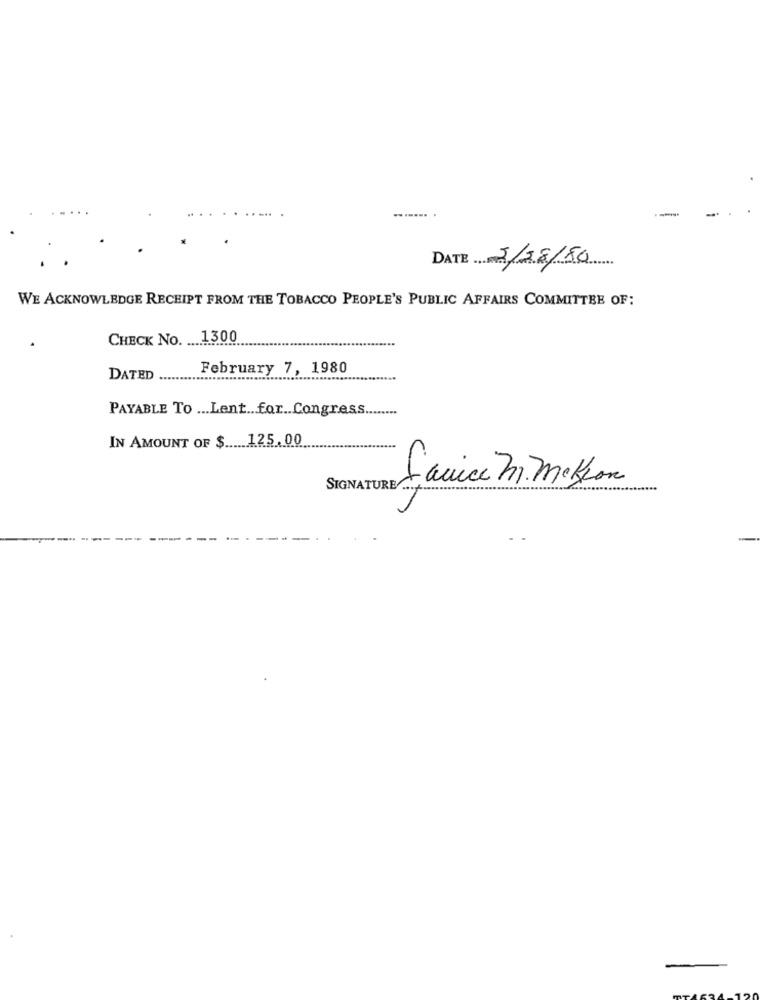
--
DATE 5/28/80
WE ACKNOWLEDGE RECEIPT FROM THE TOBACCO PEOPLE'S PUBLIC AFFAIRS COMMITTEE OF:
CHECK No. ... 1300
February 7, 1980
DATED
PAYABLE To ... Lent .. for .. Congress ........
IN AMOUNT OF $ ..... 125.00
Janice M. mekson
SIGNATURE